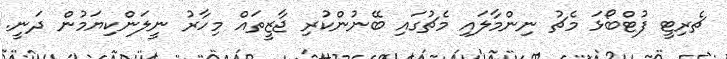
ޗެރިޓީ ފުޓްބޯޅަ މެޗު ނިންމާލައި މެޗުގައި ބޭނުންކުރި ޖާޒީތައް މިހާރު ނީލަންކިޔަމުން ދަނީ.